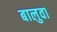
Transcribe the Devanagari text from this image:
बालुवा